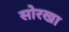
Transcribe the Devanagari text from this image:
सोरखा